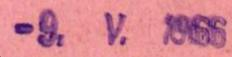
-9.V.1966